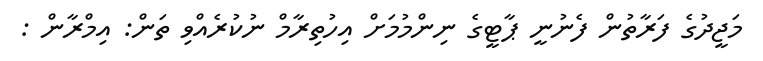
މަޖީދުގެ ފަރާތުން ފެނުނީ ޕާޓީގެ ނިންމުމަށް އިހުތިރާމް ނުކުރެއްވި ތަން: އިމްރާން :